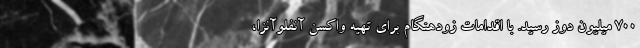
۷۰۰ میلیون دوز رسید. با اقدامات زودهنگام برای تهیه واکسن آنفلوآنزا،